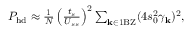
\begin{array} { r } { P _ { \mathrm { h d } } \approx \frac { 1 } { N } \left( \frac { t _ { s } } { U _ { s s } } \right) ^ { 2 } \sum _ { { \bf k } \in \mathrm { 1 B Z } } ( 4 s _ { 0 } ^ { 2 } \gamma _ { \bf k } ) ^ { 2 } , } \end{array}